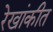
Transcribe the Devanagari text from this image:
रेखांकीत